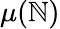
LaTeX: \mu(\mathbb{N})